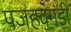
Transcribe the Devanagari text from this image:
पजहवंगड़ी